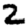
Digit: 2